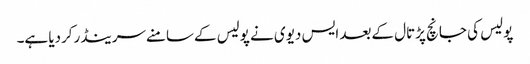
پولیس کی جانچ پڑتال کےبعد ایس دیوی نے پولیس کےسامنےسرینڈرکردیا ہے۔